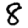
Digit: 8